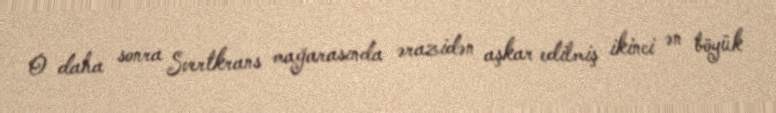
O daha sonra Svertkrans mağarasında ərazidən aşkar edilmiş ikinci ən böyük